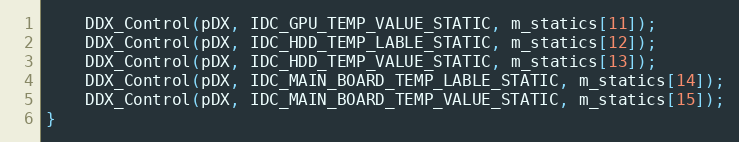
Language: C++
    DDX_Control(pDX, IDC_GPU_TEMP_VALUE_STATIC, m_statics[11]);
    DDX_Control(pDX, IDC_HDD_TEMP_LABLE_STATIC, m_statics[12]);
    DDX_Control(pDX, IDC_HDD_TEMP_VALUE_STATIC, m_statics[13]);
    DDX_Control(pDX, IDC_MAIN_BOARD_TEMP_LABLE_STATIC, m_statics[14]);
    DDX_Control(pDX, IDC_MAIN_BOARD_TEMP_VALUE_STATIC, m_statics[15]);
}